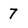
Character: 7